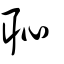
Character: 恥